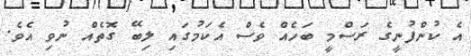
އެ ކުންފުނީގެ ރަސްމީ ބަހެއް ވެސް އެކަމުގައި ލިބޭ ގޮތެއް ނުވި އެވެ.